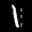
Label: 1